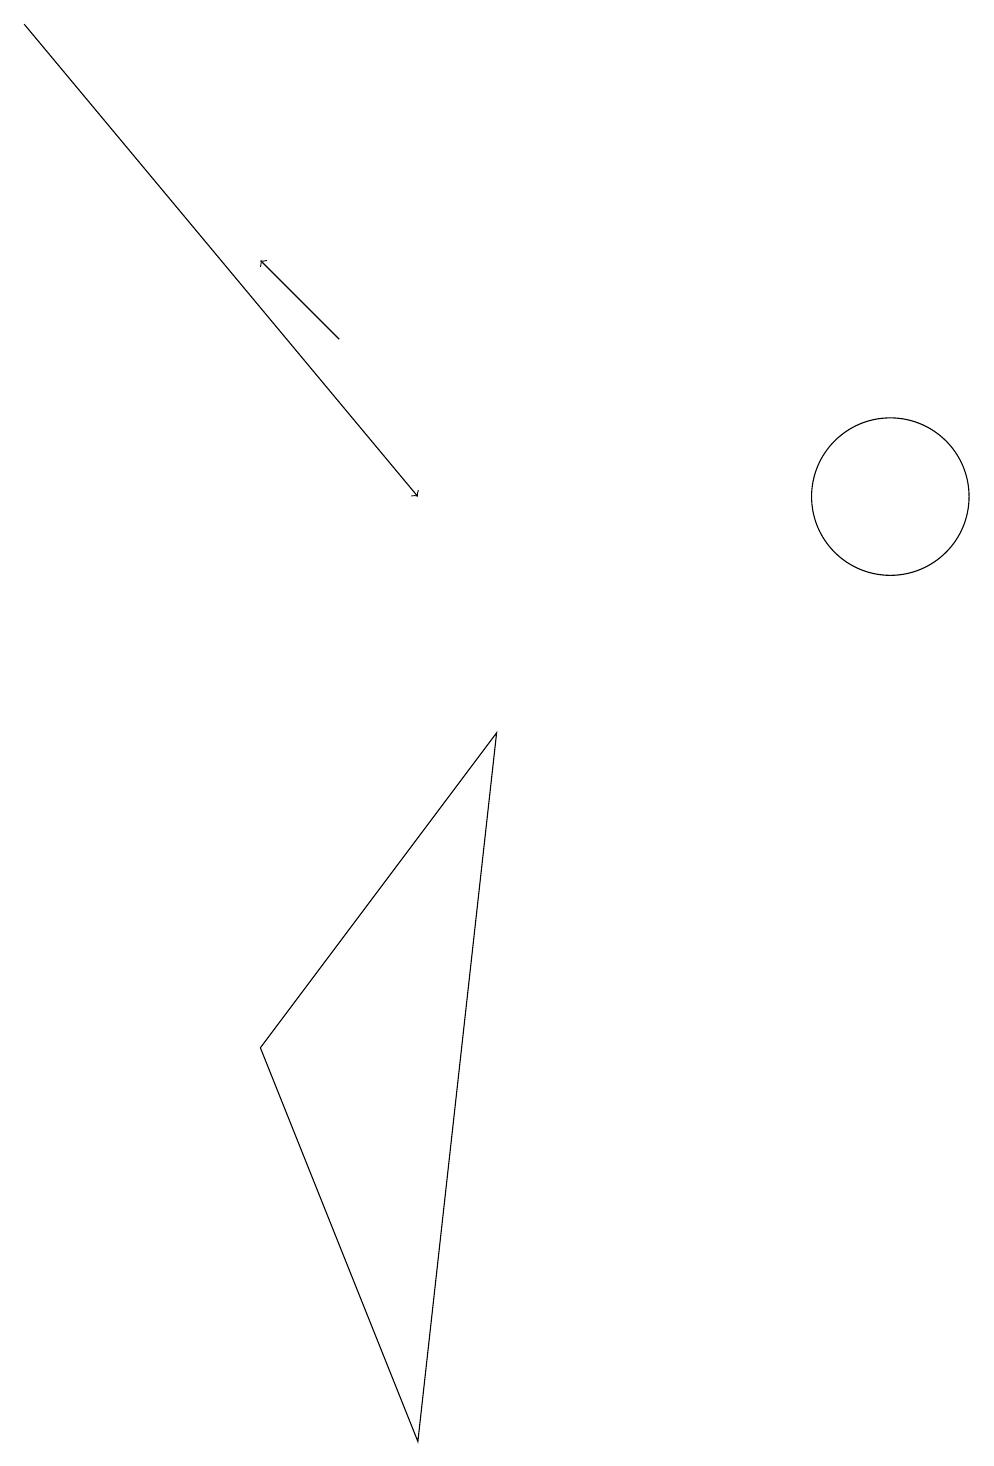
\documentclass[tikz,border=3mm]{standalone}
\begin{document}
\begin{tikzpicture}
\draw[->] (4,14) -- (3,15);
\draw (10,11) circle (0);
\draw (11,12) circle (1);
\draw[->] (0,18) -- (5,12);
\draw (6,9) -- (3,5) -- (5,0) -- cycle;
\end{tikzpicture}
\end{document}